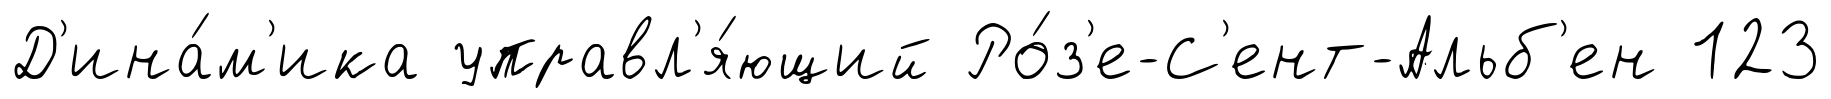
Д'ина́м'ика управл'я́ющий Ро́з'е-С'ент-Альб'ен 123